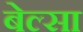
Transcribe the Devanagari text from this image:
बेल्सा